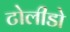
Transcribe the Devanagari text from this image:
टोलीडो